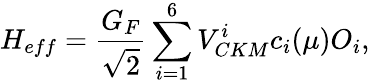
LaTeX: H_{eff}={\frac{G_{F}}{\sqrt 2}}\sum_{i=1}^{6}V_{CKM}^{i}c_{i}(\mu)O_{i},